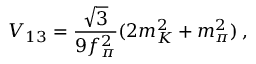
V _ { 1 3 } = \frac { \sqrt { 3 } } { 9 f _ { \pi } ^ { 2 } } ( 2 m _ { K } ^ { 2 } + m _ { \pi } ^ { 2 } ) \, ,